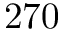
2 7 0